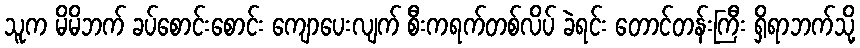
သူက မိမိဘက် ခပ်စောင်းစောင်း ကျောပေးလျက် စီးကရက်တစ်လိပ် ခဲရင်း တောင်တန်းကြီး ရှိရာဘက်သို့